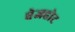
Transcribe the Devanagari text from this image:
बेजहोट